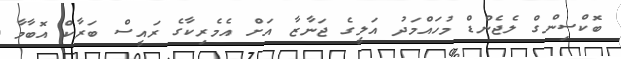
ބޮކްސިންގް ލެޖެންޑް މުހައްމަދު އަލީގެ ޖަނާޒާ އަށް އެމެރިކާގެ ރައީސް ބަރާކް އޮބާމާ